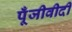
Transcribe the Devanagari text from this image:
पूँजीवीदी